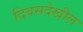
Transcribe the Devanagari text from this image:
दिवसदेखील